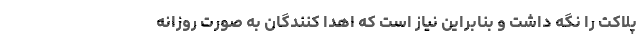
پلاکت را نگه داشت و بنابراین نیاز است که اهدا کنندگان به صورت روزانه